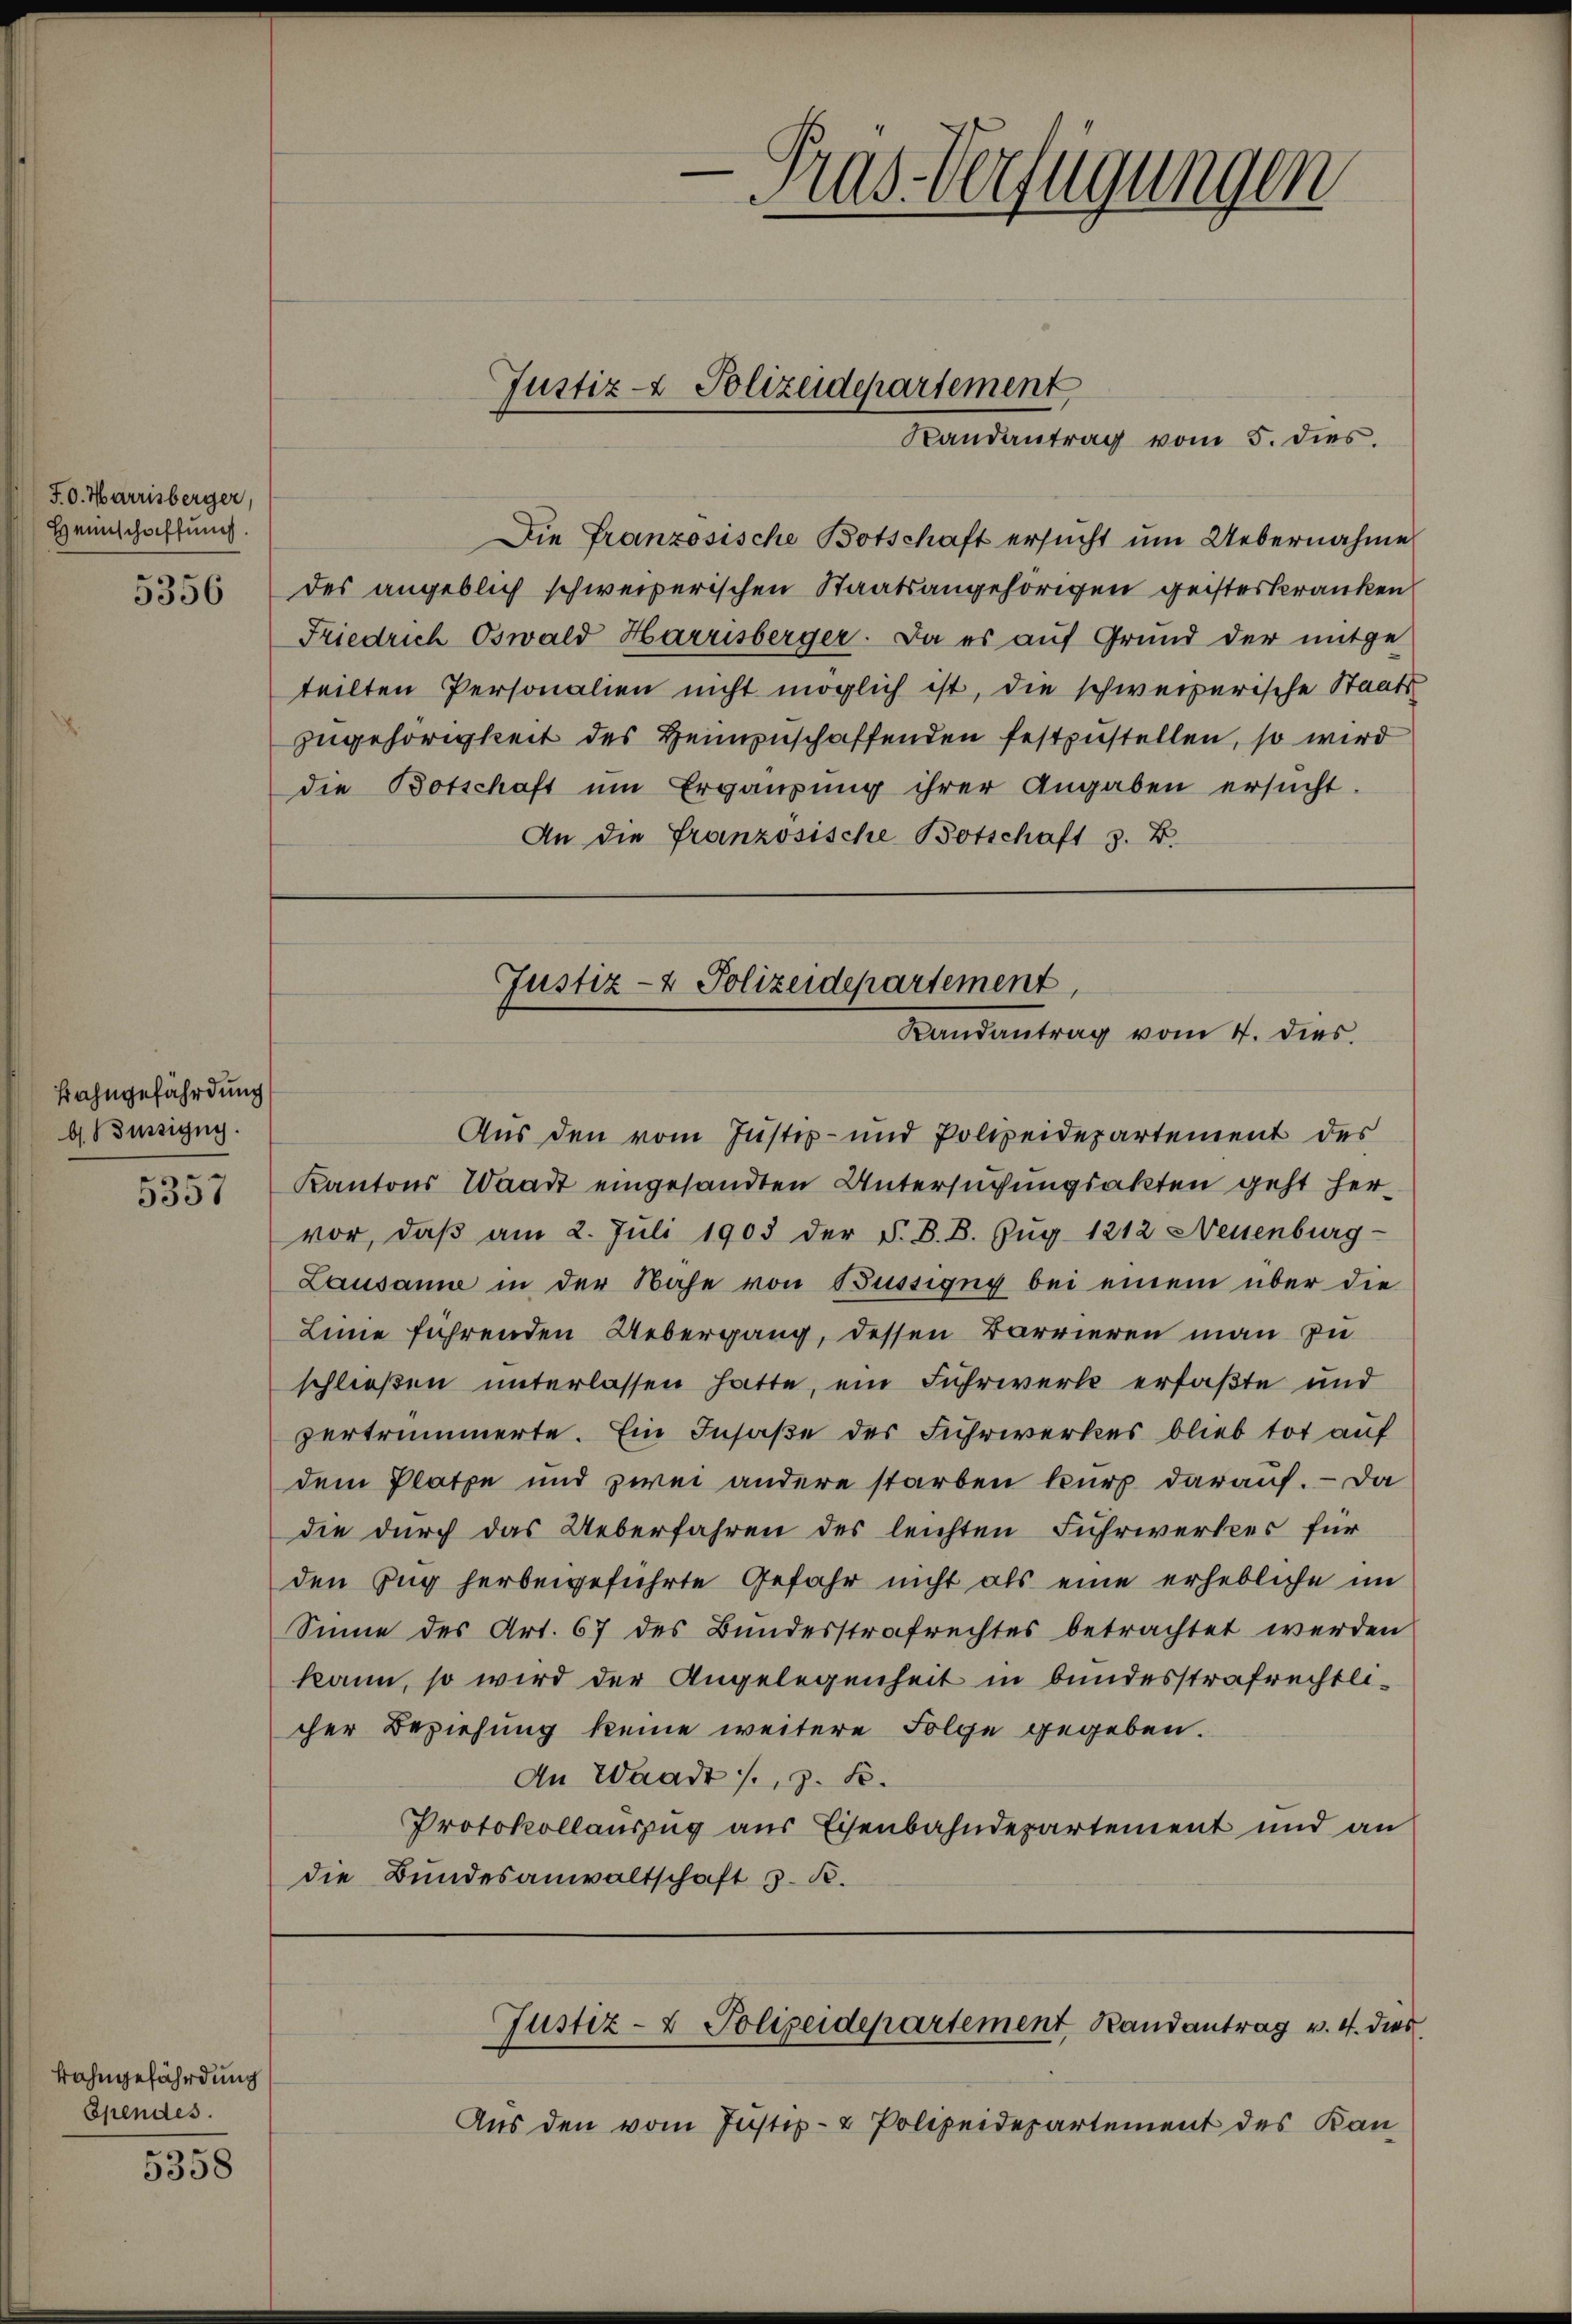
F.0. Harrisberger,
Heinschaffung.

5356

Bahngefährdung
b Büssigny.

5357

Bahngefährdung
Ependes

5358

Randantrag vom 5. dies.
Die Französische Botschaft ersucht um Uebernahme
des angeblich schweizerischen Staatsangehörigen geisteskranken
Friedrich Oswald Harrisberger. Da es auf Grund der mitge
teilten Personalien nicht möglich ist, die schweizerische Staats-
zugehörigkeit des Heimzuschaffenden festzustellen, so wird
die Botschaft um Ergänzung ihrer Angaben ersucht.
An die Französische Botschaft z. B.

Justiz- & Polizeidepartement

e
Mas-Verfügungen

Justiz- & Polizeidepartement,
Randantrag vom 4. dies

Aus den vom Justiz- und Polizeidepartement des
Kantons Waadt eingesandten Untersuchungsakten geht hervor, daß am 2. Juli 1903 der §. B. B. Zug 1212 Neuenburg-
Lausanne in der Nähe von Büssigny bei einem über die
Linne führenden Uebergang, dessen Barrieren man zu
schließen unterlassen hatte, ein Fuhrwerke erfaßte und
zertrümmerte. Ein Insaße des Fuhrwerkes blieb tot auf
dem Platze und zwei andere starben kurz darauf. - Da
die durch das Ueberfahren des leichten Fuhrwerkes für
den Zug herbeigeführte Gefahr nicht als eine erhebliche im
Sinne des Art. 67 des Bundesstrafrechtes betrachtet werden
kann, so wird der Angelegenheit in bundesstrafrechtlicher Beziehung keine weitere Folge gegeben.
An Waadt, z. B.
Protokollauszug aus Eisenbahndepartement und an
die Bundesanwaltschaft z. B.

Aus den vom Justiz- & Polizeidepartement des Kan¬

Justiz- & Polizeidepartement Randantrag v. 4. dies